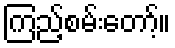
ကြည့်စမ်းတော့်။